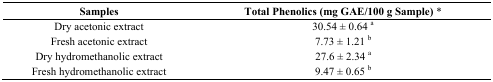
<table><thead><tr><td><b>Samples</b></td><td><b>Total Phenolics (mg GAE/100 g Sample) *</b></td></tr></thead><tbody><tr><td>Dry acetonic extract</td><td>30.54 ± 0.64 <sup>a</sup></td></tr><tr><td>Fresh acetonic extract</td><td>7.73 ± 1.21 <sup>b</sup></td></tr><tr><td>Dry hydromethanolic extract</td><td>27.6 ± 2.34 <sup>a</sup></td></tr><tr><td>Fresh hydromethanolic extract</td><td>9.47 ± 0.65 <sup>b</sup></td></tr></tbody></table>